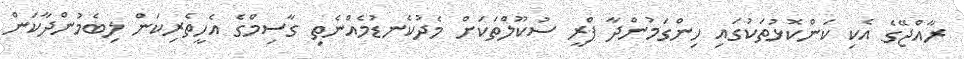
ރާއްޖޭގެ އެކި ކަންކޮޅުތަކުގައި ހިންގަމުންދާ ޕްރީ ސުކޫލްތަކަށް މެދުކެނޑުމެއްނެތި ގާސިމްގެ އެހީތެރިކަން ލިބެމުންދާކަން